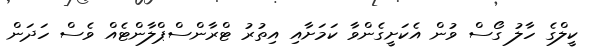
ކީލްގެ ހާލު ގޯސް ވުން އެކަށީގެންވާ ކަމަށާއި އިތުރު ޓްރާންސްޕްލާންޓެއް ވެސް ހަދަން